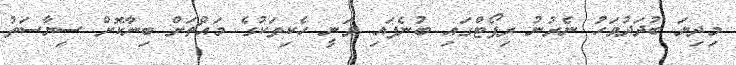
މިދިޔަ ބުދަދުވަހު ނެރުނު ރިޕޯޓްގައި ބުނެފައި ވަނީ ހެކިތަކުގެ މައްޗަށް ބިނާކޮށް ސިޔާސަތު